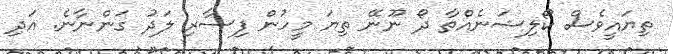
ތިޔައީވެސް ކޯލިޝަނެއްތާ ދޯ ނޫނޭ ތިޔަ މީހުން ފިސާރި ލަދު ގަންނާނެ. އަދި